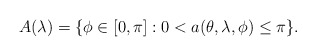
\begin{align*}A(\lambda) = \{ \phi \in [0,\pi] : 0 < a(\theta,\lambda,\phi) \leq \pi \}. \end{align*}